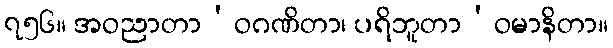
၇၅၆။ အဝညာတာ’ဝဂဏိတာ၊ ပရိဘူတာ’ဝမာနိတာ။